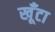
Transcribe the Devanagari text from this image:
खूँटा